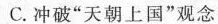
C.冲破”天朝上国”观念